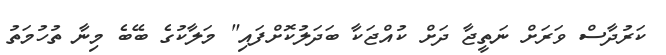
ކަރުދާސް ވަރަށް ނަތީޖާ ދަށް ކުއްޖަކާ ބަދަލުކޮށްފައި" މަލާކުގެ ބޭބެ މިނާ ތުހުމަތު